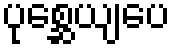
ပုစ္ဆေယျပေ